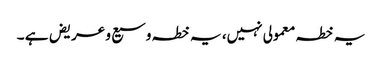
یہ خطہ معمولی نہیں، یہ خطہ وسیع و عریض ہے ۔